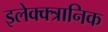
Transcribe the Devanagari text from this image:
इलेक्क्त्रानिक